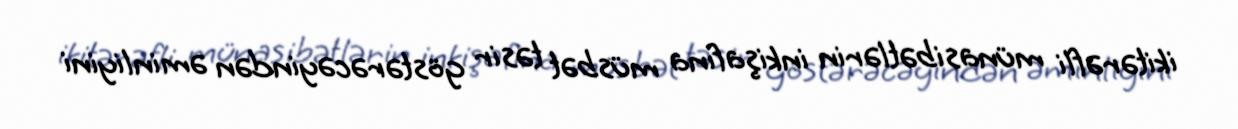
ikitərəfli münasibətlərin inkişafına müsbət təsir göstərəcəyindən əminliyini